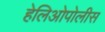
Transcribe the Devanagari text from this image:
हेलिओपोलीस